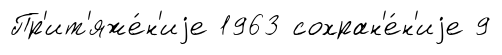
Пр'ит'яже́н'иjе 1963 сохран'е́н'иjе 9